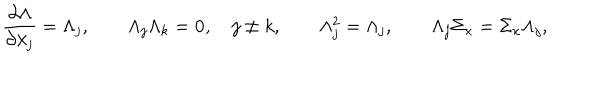
\frac { \partial \Lambda } { \partial \lambda _ { j } } = \Lambda _ { j } , \qquad \Lambda _ { j } \Lambda _ { k } = { \bf 0 } , \quad j \neq k , \qquad \Lambda _ { j } ^ { 2 } = \Lambda _ { j } , \qquad \Lambda _ { j } \Sigma _ { x } = \Sigma _ { x } \Lambda _ { j } ,